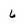
Character: 6